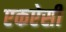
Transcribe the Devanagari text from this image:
एकऐसी